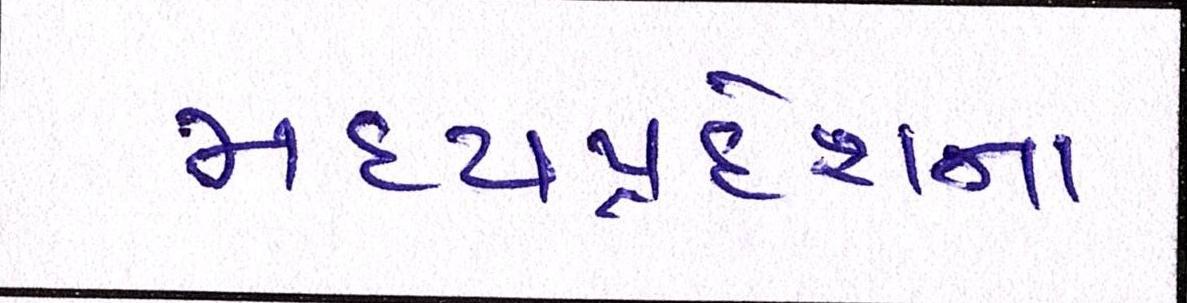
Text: મધ્યપ્રદેશના